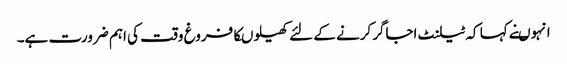
انہوںنے کہا کہ ٹیلنٹ اجاگرکرنے کے لئے کھیلوںکافروغ وقت کی اہم ضرورت ہے۔